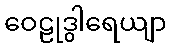
ဝေဠုဒွါရေယျာ